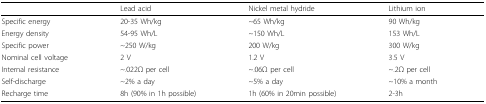
|  | Lead acid | Nickel metal hydride | Lithium ion |
 | --- | --- | --- | --- |
 | Specific energy | 20-35 Wh/kg | ~65 Wh/kg | 90 Wh/kg |
 | Energy density | 54-95 Wh/L | ~150 Wh/L | 153 Wh/L |
 | Specific power | ~250 W/kg | 200 W/kg | 300 W/kg |
 | Nominal cell voltage | 2 V | 1.2 V | 3.5 V |
 | Internal resistance | ~.022Ω per cell | ~.06Ω per cell | ~.2Ω per cell |
 | Self-discharge | ~2% a day | ~5% a day | ~10% a month |
 | Recharge time | 8h (90% in 1h possible) | 1h (60% in 20min possible) | 2-3h |